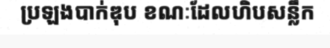
ប្រឡងបាក់ឌុប ខណៈដែលហិបសន្លឹក